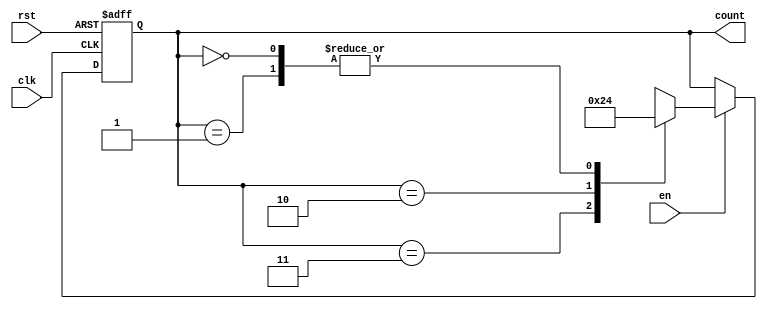
module down_counter (
    input wire clk,      // Clock input
    input wire rst,      // Asynchronous reset input
    input wire en,       // Enable input
    output reg [1:0] count // 2-bit output representing the current count
);
    
    // State encoding
    parameter S3 = 2'b11; // State 3
    parameter S2 = 2'b10; // State 2
    parameter S1 = 2'b01; // State 1
    parameter S0 = 2'b00; // State 0
    
    // Current state
    reg [1:0] current_state;

    // Sequential logic: state transition on clock edge
    always @(posedge clk or posedge rst) begin
        if (rst) begin
            current_state <= S3; // Reset to state S3
        end else if (en) begin
            case (current_state)
                S3: current_state <= S2; // Transition from S3 to S2
                S2: current_state <= S1; // Transition from S2 to S1
                S1: current_state <= S0; // Transition from S1 to S0
                S0: current_state <= S0; // Stay in S0
                default: current_state <= S3; // Default case
            endcase
        end
    end

    // Output logic: output is determined by current state
    always @(current_state) begin
        count <= current_state; // Output the current state as count
    end
    
endmodule